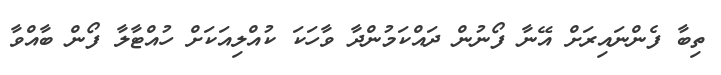
ތިބާ ފެންނައިރަށް އޭނާ ފޯނުން ދައްކަމުންދާ ވާހަކަ ކުއްލިއަކަށް ހުއްޓާލާ ފޯން ބާއްވާ